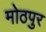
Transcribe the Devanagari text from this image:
मोठपुर